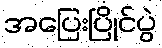
အပြေးပြိုင်ပွဲ